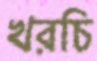
খরচি